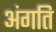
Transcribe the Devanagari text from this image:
अंगति